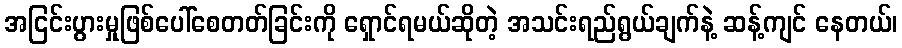
အငြင်းပွားမှုဖြစ်ပေါ်စေတတ်ခြင်းကို ရှောင်ရမယ်ဆိုတဲ့ အသင်းရည်ရွယ်ချက်နဲ့ ဆန့်ကျင် နေတယ်၊